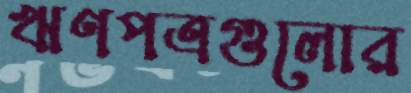
ঋণপত্রগুলোর